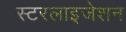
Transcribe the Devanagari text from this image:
स्टरलाइजेशन